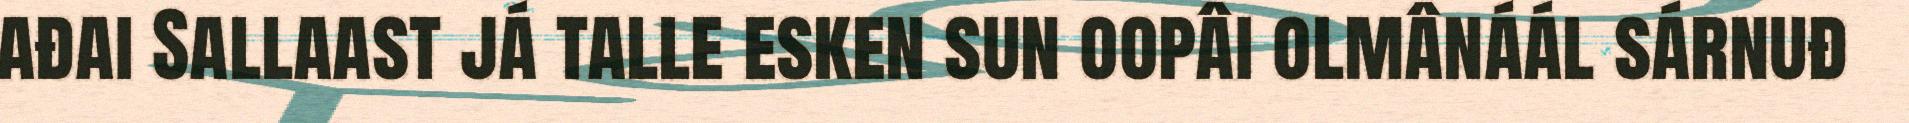
ađai Sallaast já talle esken sun oopâi olmânáál sárnuđ